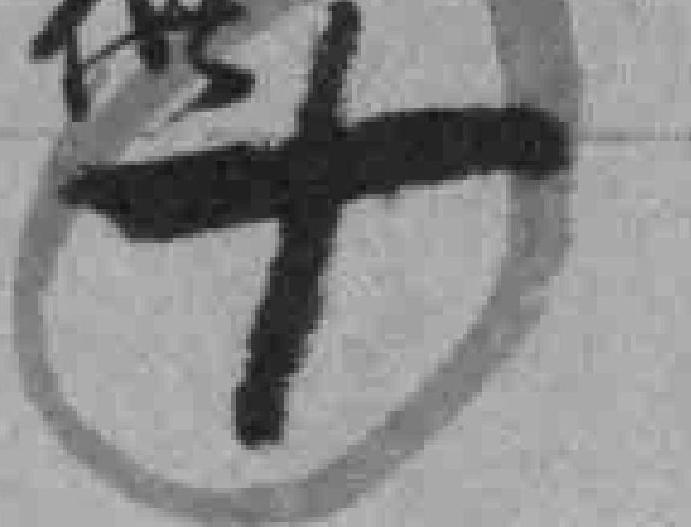
十